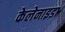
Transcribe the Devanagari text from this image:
केलेनाइडा